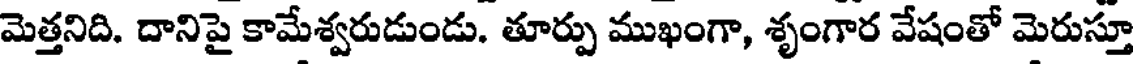
మెత్తనిది. దానిపై కామేశ్వరుడుండు. తూర్పు ముఖంగా, శృంగార వేషంతో మెరుస్తూ